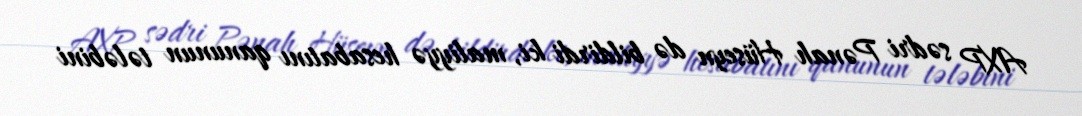
AXP sədri Pənah Hüseyn də bildirdi ki, maliyyə hesabatını qanunun tələbini